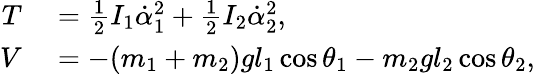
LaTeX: \begin{array}{rl}{T}&{{}=\frac{1}{2}I_{1}\dot{\alpha}_{1}^{2}+\frac{1}{2}I_{2}\dot{\alpha}_{2}^{2},}\\ {V}&{{}=-(m_{1}+m_{2})gl_{1}\cos\theta_{1}-m_{2}gl_{2}\cos\theta_{2},}\end{array}